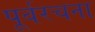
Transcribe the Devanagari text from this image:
पूर्वरचना